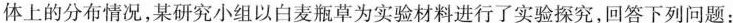
体上的分布情况，某研究小组以白麦瓶草为实验材料进行了实验探究，回答下列问题：